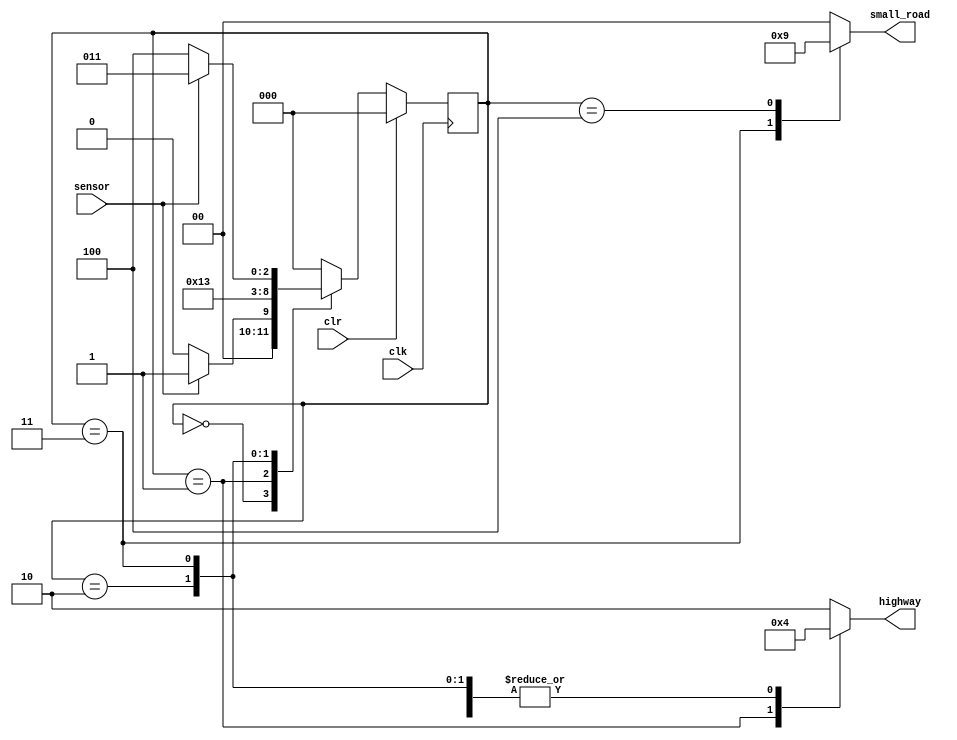
`timescale 1ns / 1ps

`define G2YDELAY 3
`define Y2RDELAY 2

module traffic_light_control(highway, small_road, sensor, clk, clr);
	
	input sensor, clk, clr;
	output reg [1:0] highway, small_road;
	
	parameter RED=2'd0, YELLOW=2'd1, GREEN=2'd2;
	
	parameter S0=3'd0,
              S1=3'd1,
              S2=3'd2,
              S3=3'd3,
              S4=3'd4;
	
	reg[2:0] state, next_state;
	
	always@(posedge clk)
		if(clr)
			state<=S0;
		else
			state<=next_state;
			
	always@(state) begin
		highway= GREEN;
		small_road= RED;
            
            case(state)
                S0:;
                S1: highway= YELLOW;
                S2: highway= RED;
                S3: begin
                        highway= RED;
                        small_road= GREEN;
                     end
                S4: begin
                        highway= RED;
                        small_road= YELLOW;
                     end
            endcase
    end
	
	always@(state or sensor) begin
		case(state)
		S0: if(sensor)
				next_state= S1;
			 else
				next_state= S0;
		S1: begin
				repeat (`G2YDELAY) next_state= S1;
				next_state= S2;
			 end
		S2: begin
				repeat (`Y2RDELAY) next_state= S2;
				next_state= S3;
			 end
		S3: begin
				if(sensor)
					next_state= S3;
				else
					next_state= S4;
			 end
		S4: begin
				repeat (`G2YDELAY) next_state= S4;
				next_state= S0;
			 end
		default: next_state= S0;
		endcase
	end
endmodule